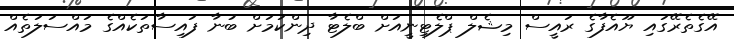
އޭގެތެރޭގައި ޔޫއެފާގެ ރައީސް މިޝެލް ޕްލެޓިނީއަށް ބްލެޓާ ދިންކަމަށް ބުނާ ފައިސާތަކެއްގެ މައްސަލަތެއް